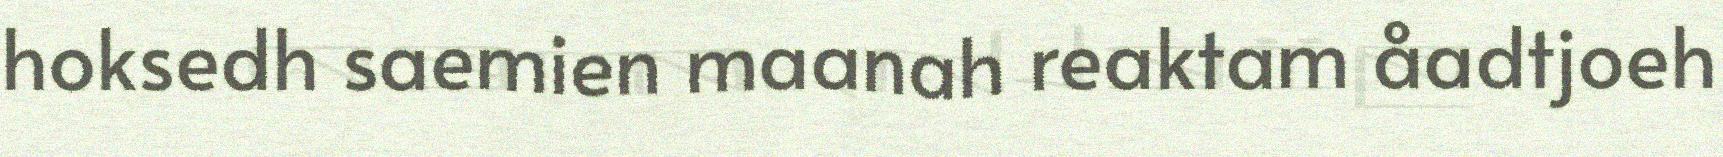
hoksedh saemien maanah reaktam åadtjoeh